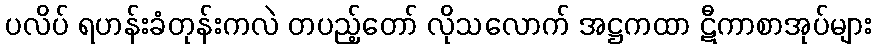
ပလိပ် ရဟန်းခံတုန်းကလဲ တပည့်တော် လိုသလောက် အဋ္ဌကထာ ဋီကာစာအုပ်များ